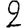
Digit: 2